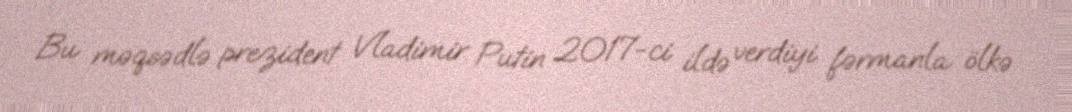
Bu məqsədlə prezident Vladimir Putin 2017-ci ildə verdiyi fərmanla ölkə